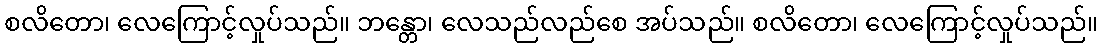
စလိတော၊ လေကြောင့်လှုပ်သည်။ ဘန္တော၊ လေသည်လည်စေ အပ်သည်။ စလိတော၊ လေကြောင့်လှုပ်သည်။